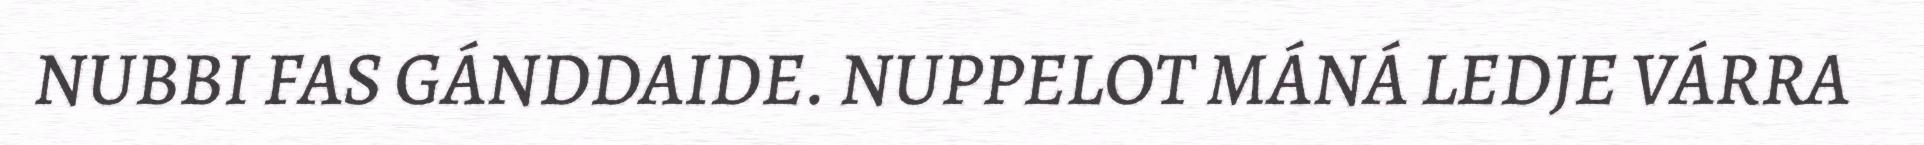
NUBBI FAS GÁNDDAIDE. NUPPELOT MÁNÁ LEDJE VÁRRA